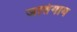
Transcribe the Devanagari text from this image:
जातेगाव